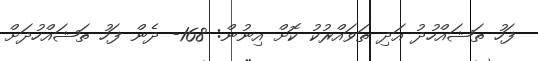
ފަހު ތަޝައްހުދު އަދި ތަވައްރުކު ކޮށް އިނުން: 168- ދެން ފަހު ތަޝައްހުދަށް